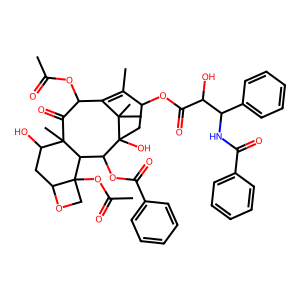
SMILES: CC(=O)OC1C(=O)C2(C)C(O)CC3OCC3(OC(C)=O)C2C(OC(=O)c2ccccc2)C2(O)CC(OC(=O)C(O)C(NC(=O)c3ccccc3)c3ccccc3)C(C)=C1C2(C)C
Inhibits HIV replication: No